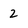
Character: 2